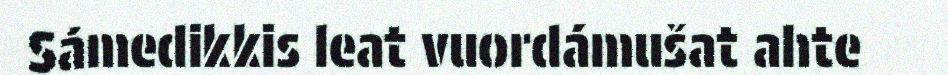
Sámedikkis leat vuordámušat ahte